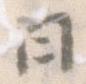
日